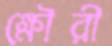
ক্ষৌরী